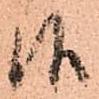
候